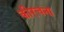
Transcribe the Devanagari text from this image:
कीरचना